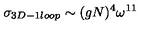
\sigma _ { 3 D - 1 l o o p } \sim ( g N ) ^ { 4 } \omega ^ { 1 1 }